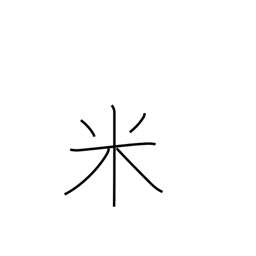
Meaning: USA